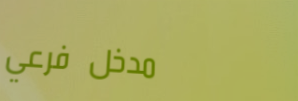
مدخل فرعي